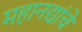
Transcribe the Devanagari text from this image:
महानद्यांचे